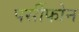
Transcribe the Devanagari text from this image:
पर्सीफोन